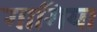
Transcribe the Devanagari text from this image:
गागिया